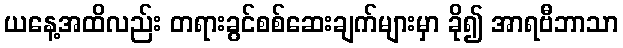
ယနေ့အထိလည်း တရားခွင်စစ်ဆေးချက်များမှာ ခို၍ အာရဗီဘာသာ